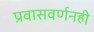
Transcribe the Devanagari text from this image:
प्रवासवर्णनही